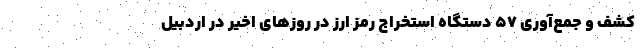
کشف و جمع‌آوری ۵۷ دستگاه استخراج رمز ارز در روزهای اخیر در اردبیل